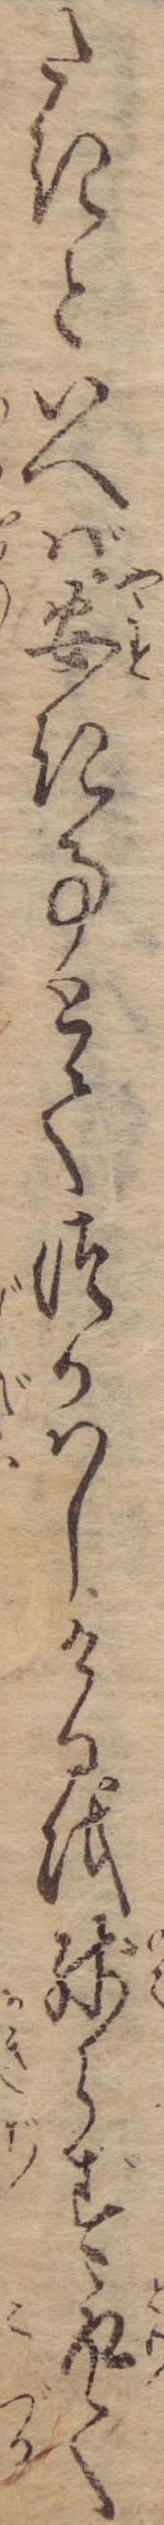
たきといへば安き事とてつかはしけるを残らず取て